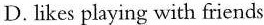
D.Likes playing with friends